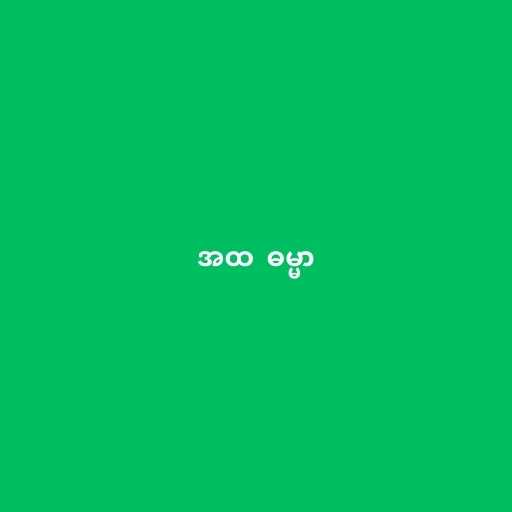
အထ  ဓမ္မာ